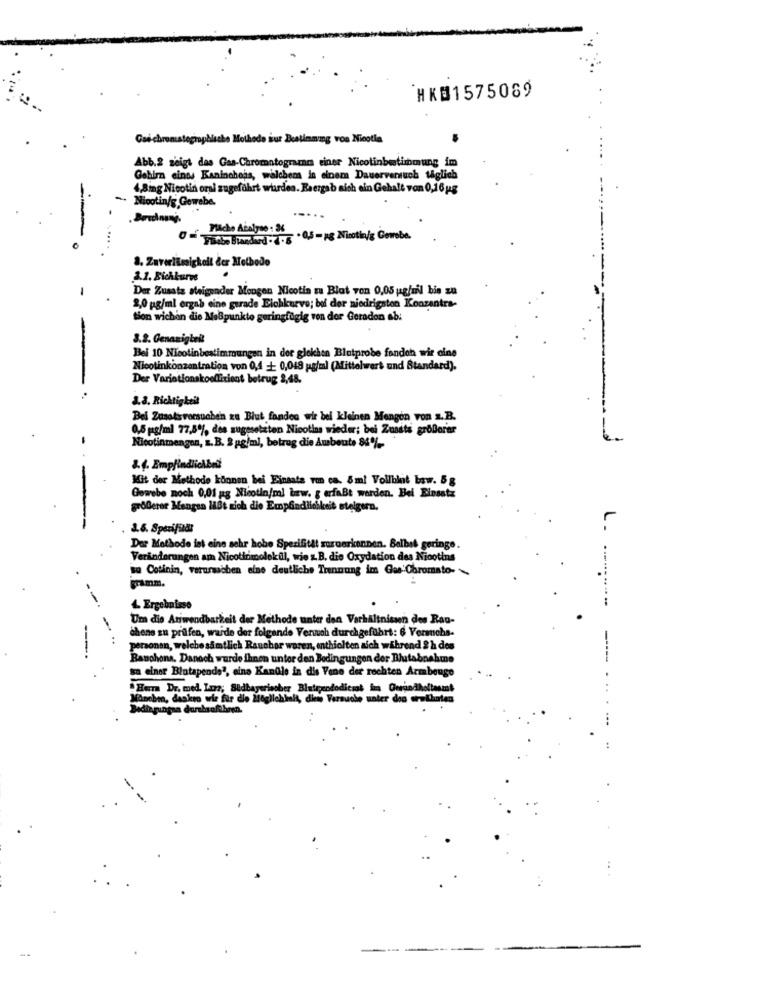
HK#1575089
Gas chromatographische Mothode sur Bestimmung vos Nicotin
Abb.2 zeigt das Gaa-Chromatograzam einer Nicotinbestimmung im
Gehirn einss Kaninchens, walchens in einem Dauerversuch täglich
4,8mg Nicotin oral zugeführt wurden. Reergab sich ein Gehalt von 0,16 ug
Nicotin/g Gewebe.
.....
Flache Atalyse : 34
-
.....
2. Zuverlässigkoll der Melbodo
3.1. Eichkures
-
Der Zusatz steigender Mengen Nicotin zu Blat von 0,05 ug/mil bis zu
2,0 pg/ml ergab eine gerade Elchkurve; bif der niedrigsten Konzentrs-
tion wichin die Malpunkte geringfügig von dor Geradon ab:
3.2. Genauigbei
Bei 10 Nicotinbestimmungen in der glekhen Blutprobe fanden wir cine
Nicotinkonzentration von 0,4 + 0,049 pg/ml (Mittelwert und Standard).
Der Variationskoefficient betrug 2,48.
3.8. Richtigkeit
Bel Zusotiversuchen zu Blut fonden wir bel kleinen Mengen von z.B.
0,5 pg/ml 77,8% des zugesetzten Nicotina wieder; bei Zusats größerer
Nicotinmengen, z.B. 2 pg/ml, betrug die Ausbeute 84%.
8.4. Empfindlichbei
Mit der Methode können bei Einsats von ca. 8ml Vollblut bow. 5 g
Gowebe noch 0,01 gg Nicotin/ml bmw. g erfaßt werden. Bei Einsatz
größerer Mangan liBt sich die Empfindlichkeit steigern.
3.6. Specifidi
1.
Dar Methode ist eine sehr hobe Spezifitit moroerkennen. Belbel geringe.
Veränderungen am Nicotinimolekül, wie z.B. die Oxydation des Niootins
sa Cotinin, verursachen eine deutliche Trennung im Gas Chromato-
gramm.
4 Ergebnisse
Um die Anwendbarkeit der Methode unter den Verhältnissen des Ran-
chens zu prilfen, warde der folgende Venwah durchgeführt: 6 Veranchs-
personen, welche samtlich Rauchor waren, enthielten aich während 2 h des
Ranchona, Danoch wurde ihnen unter den Bedingungen der Blutabnahme
sn einer Bintapende', eine Kandle in dis Vene der rechten Armbeuge
"Herra Dr. med. Inna; Sidbayerischer Blutigendodicsat in Gerundholtasm!
Månohm, daskro wir für die Möglichkeit, dies Versuche unter dos arethaten
Bedingungsa durabaofihren.
--